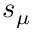
s _ { \mu }